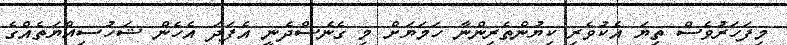
މިފަހަރުވެސް ތިޔަ އެކުވެރި ކިޔުންތެރިންނާ ހަމަޔަށް މި ގެނެސްދެނީ އެފަދަ އެހެން ޝަހުސިއްޔަތެއްގެ